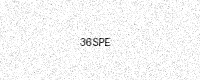
Text: 36SPE